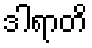
ဒါရာတိ